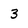
Character: 3